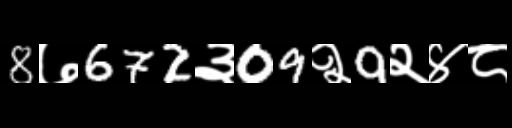
Text: 8७672३09२9२४८